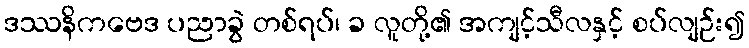
ဒဿနိကဗေဒ ပညာခွဲ တစ်ရပ်၊ ခ လူတို့၏ အကျင့်သီလနှင့် စပ်လျဉ်း၍